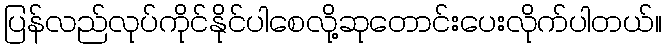
ပြန်လည်လုပ်ကိုင်နိုင်ပါစေလို့ဆုတောင်းပေးလိုက်ပါတယ်။